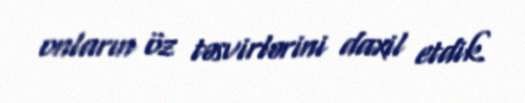
onların öz təsvirlərini daxil etdik.